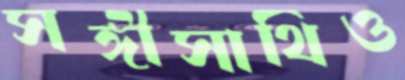
সঙ্গীসাথিও